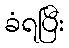
ခံရပြီး